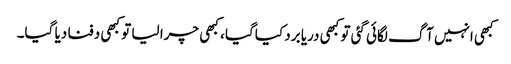
کبھی انہیں آگ لگائی گئی تو کبھی دریا برد کیاگیا ، کبھی چرا لیا تو کبھی دفنا دیا گیا۔